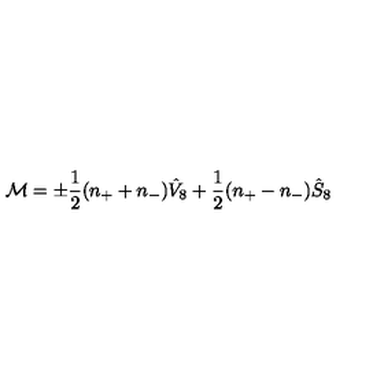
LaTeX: { \cal M } = \pm \frac { 1 } { 2 } ( n _ { + } + n _ { - } ) \hat { V } _ { 8 } + \frac { 1 } { 2 } ( n _ { + } - n _ { - } ) \hat { S } _ { 8 }